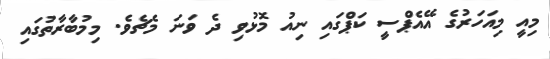
މިއީ މިއަހަރުގެ އޭއެޕްސީ ކަޕްގައި ނިއު މޮޅުވި ދެ ވަނަ މެޗެވެ. މިމުބާރާތުގައި